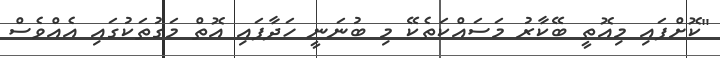
"ކޮށްފައި މިއޮތީ ބޭކާރު މަސައްކަތެކޭ މި ބުނަނީ ހަދާފައި އޮތް މަގުތަކުގައި އެއްވެސް